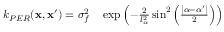
\begin{array} { r l } { k _ { P E R } ( \mathbf { x } , \mathbf { x } ^ { \prime } ) = \sigma _ { f } ^ { 2 } } & { { } \exp \left( - \frac { 2 } { l _ { \alpha } ^ { 2 } } \sin ^ { 2 } \left( \frac { \left| \alpha - \alpha ^ { \prime } \right| } { 2 } \right) \right) } \end{array}